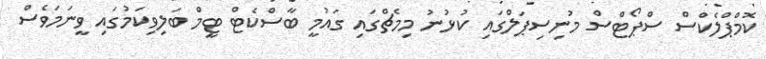
ކޮމްޕްލެކްސް ސްޕޯޓްސް މުނިސިޕަލްގައި ކުޅުނު މިމެޗްގައި ގައުމީ ބާސްކެޓް ޓީމް ބަލިވިކަމުގައި ވީނަމަވެސް